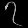
Digit: ၇